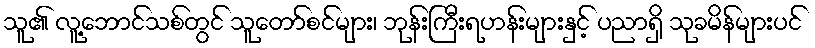
သူ၏ လူ့ဘောင်သစ်တွင် သူတော်စင်များ၊ ဘုန်းကြီးရဟန်းများနှင့် ပညာရှိ သုခမိန်များပင်